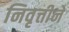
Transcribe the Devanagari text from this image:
निवृत्तीने